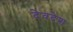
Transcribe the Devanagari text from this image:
देवदेश